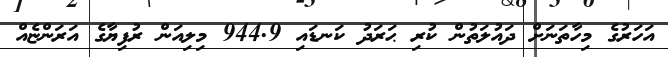
އަހަރުގެ މިހާތަނަށް ދައުލަތުން ކުރި ޙަރަދު ކަނޑައި 944.9 މިލިއަން ރުފިޔާގެ އަރަންޏެއް